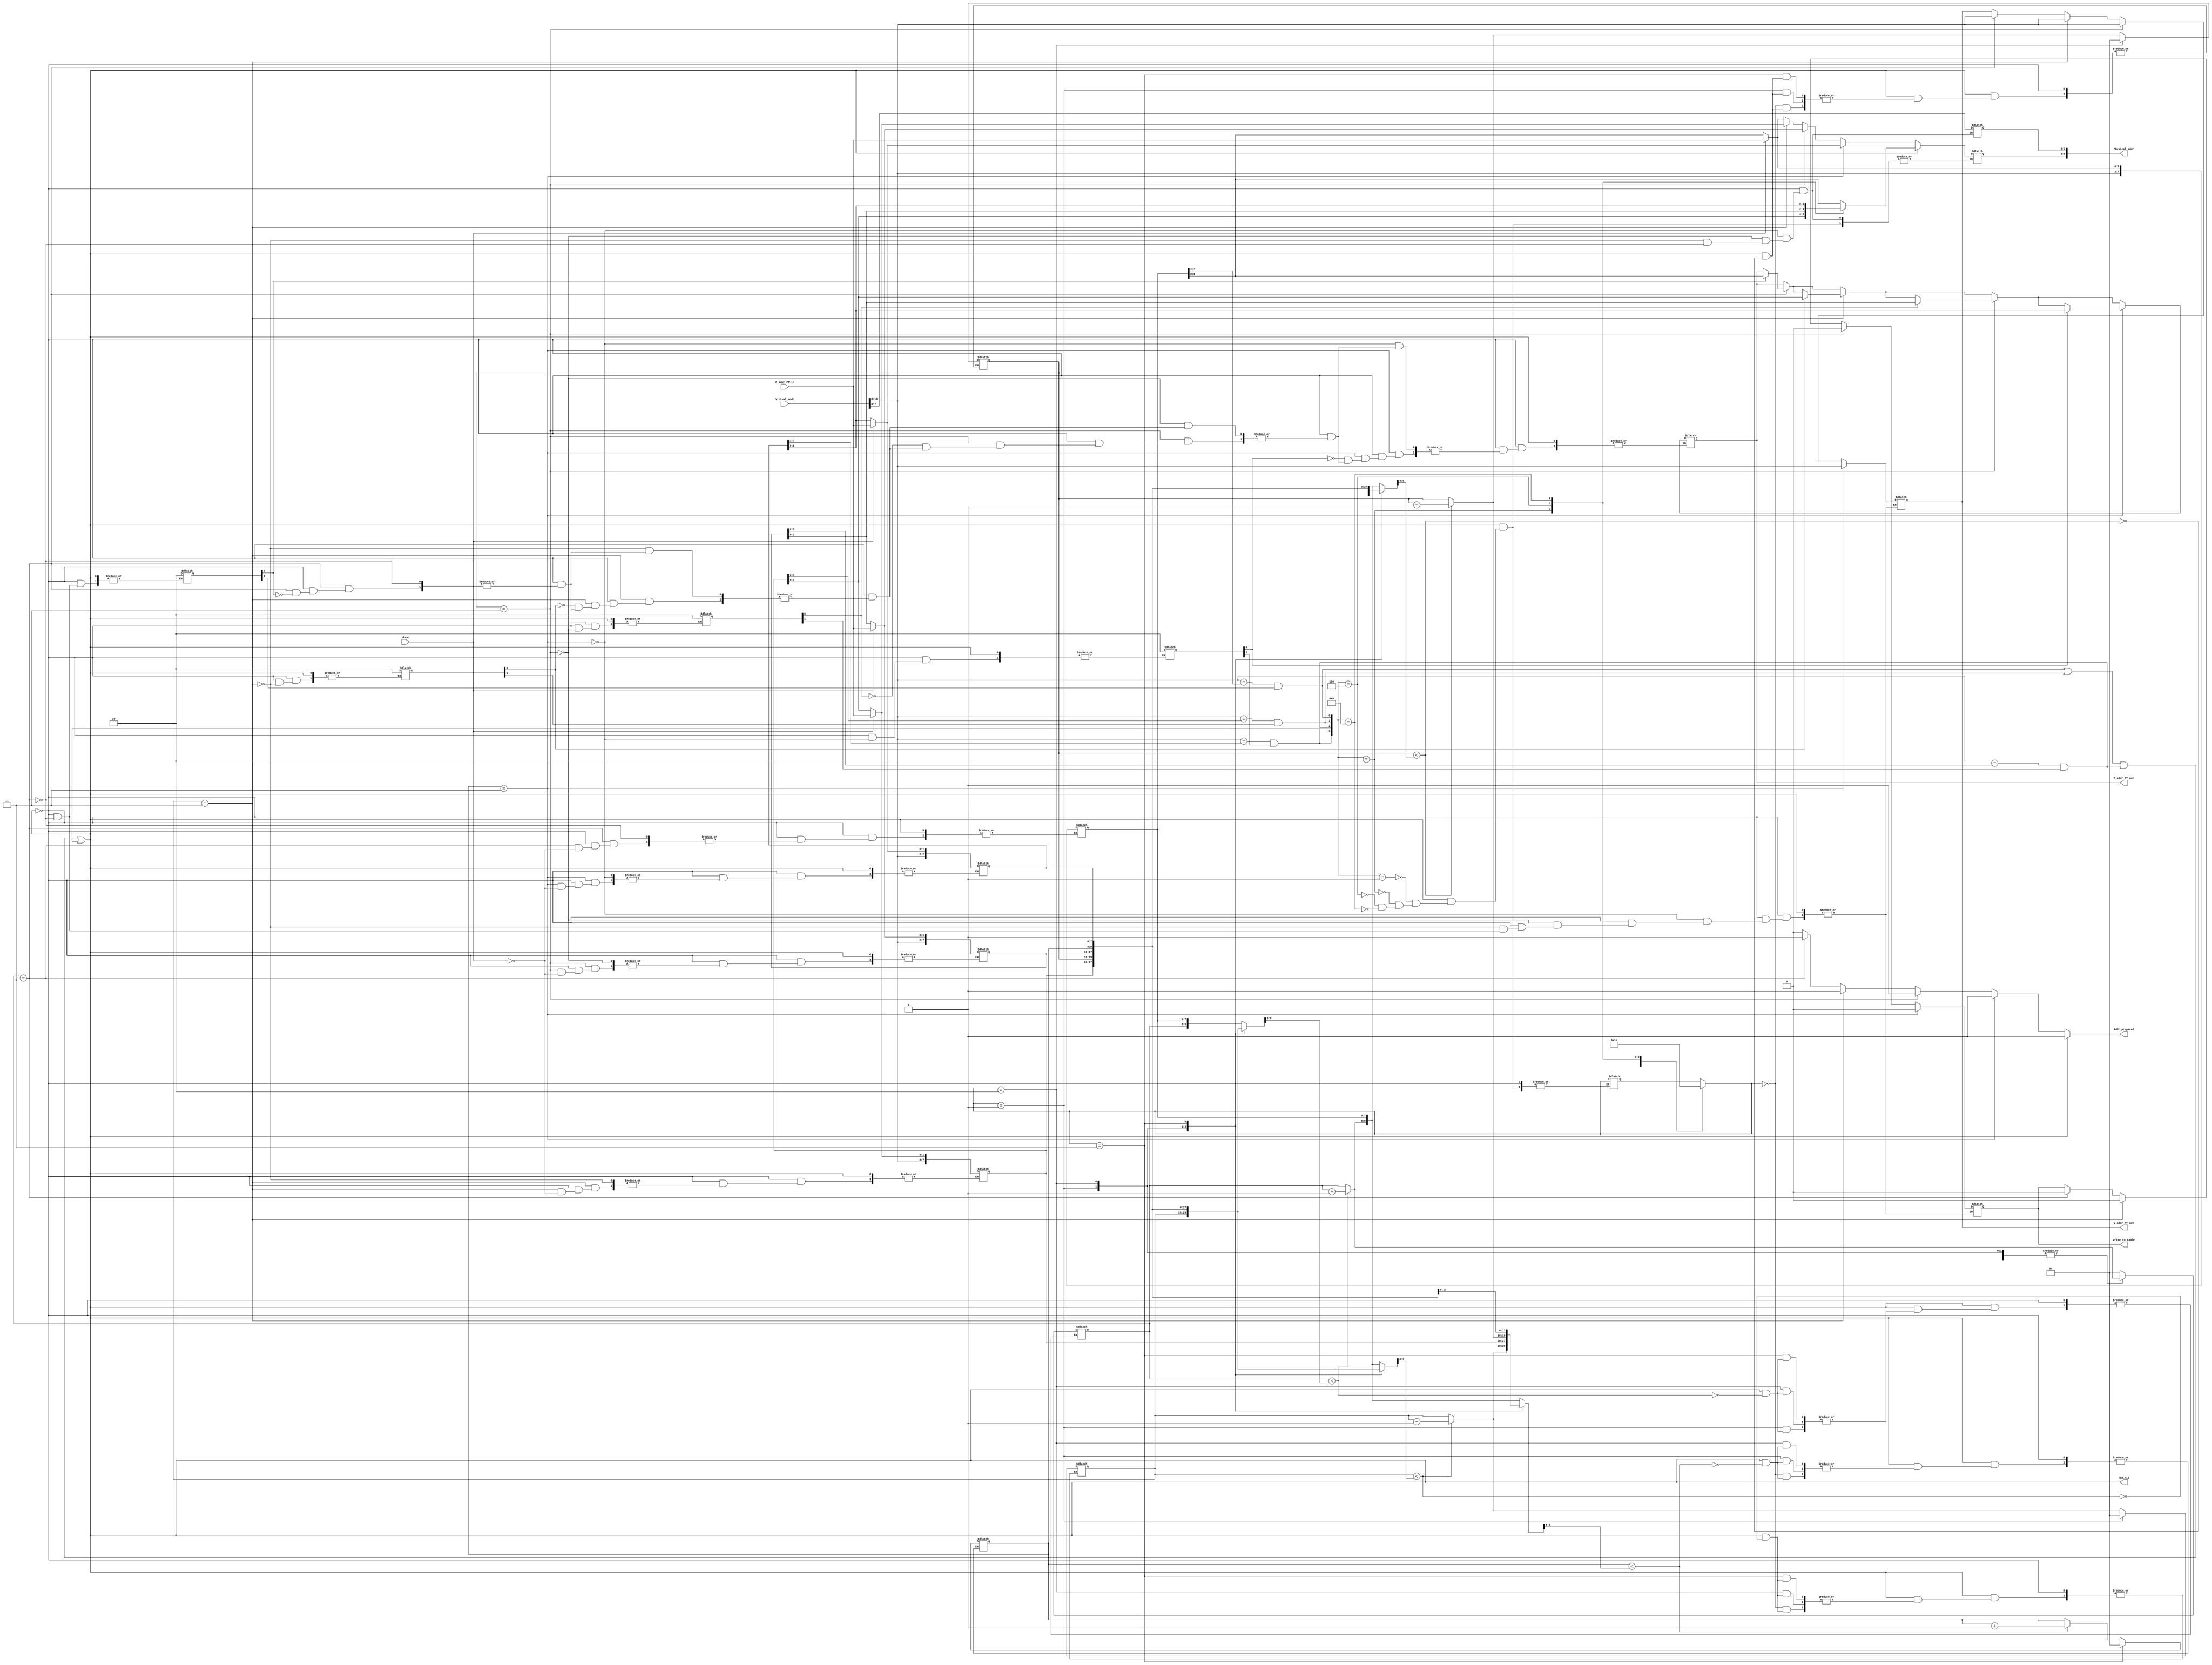
module translation_look_aside_buffer
// (
//     parameter   V_addr_width = 14,
//     parameter   P_addr_width = 10,
//     parameter   Page_offset  = 8,
//     parameter   TLB_row_num  = 4,
//     ////////////////////////////////////////////////////// You don't need to modify the following.~
//     parameter   VPN_size = V_addr_width - Page_offset,  // 6
//     parameter   PPN_size = P_addr_width - Page_offset,  // 2
//     parameter   V = VPN_size, P = PPN_size, VA = V_addr_width, PA = P_addr_width
// )
(
    input                           done,               // From PageTable, 1'b1 for done, 1'b0 for unfinished
    input       [13:0]      Virtual_addr,               // From Processor
    input       [1:0]       P_addr_PT_in,               // From PageTable

    output                       TLB_hit,               // To Processor, 1'b1 for hit, 1'b0 for miss 
    output reg            write_to_table,               // To PageTable, 1'b1 for write, 1'b0 for read
    output reg  [5:0]      V_addr_PT_out,               // To PageTable
    output reg  [1:0]      P_addr_PT_out,               // To PageTable
    output reg  [9:0]      Physical_addr,               // To Cache Mem
    output reg             Addr_prepared                // To Cache Mem
);
    reg         [11:0]      TLB     [3:0];              // 1bit_Valid = TLB[11], 1bit_Dirty = TLB[10], 2bit_Ref = TLB[9:8];
                                                        // Tag = TLB[7:2]; Physical Page Num = TLB[1:0];
    ////////////////////////////////////////////////////// 4X4-Byte TLB
    
    wire        [3:0]       Hit;                        // whether [Tag == VPN] && Valid in this rowS
    wire        [5:0]       VPN;                        // Data of Virtual Page Number, in Processor
    ////////////////////////////////////////////////////// Initialization
    reg [1:0] stop_loop = 0; //for debug
    integer i, j, k;
    initial begin
        V_addr_PT_out <= 0; P_addr_PT_out <= 0; 
        Physical_addr <= 0; Addr_prepared <= 0;
        write_to_table <= 0;
        for (i = 0; i <= 3; i = i + 1) begin///
            TLB[i] = 0;
            TLB[i][9:8] =3-i;
            // $display("TLB[%d] = %b", i, TLB[i]);
        end
    end
    
    assign VPN = Virtual_addr[13: 8];
    assign Hit[0] = (VPN == TLB[0][7:2]) && TLB[0][11];
    assign Hit[1] = (VPN == TLB[1][7:2]) && TLB[1][11];
    assign Hit[2] = (VPN == TLB[2][7:2]) && TLB[2][11];
    assign Hit[3] = (VPN == TLB[3][7:2]) && TLB[3][11];

    ////////////////////////////////////////////////////// To PageTable
    or (TLB_hit, Hit[0], Hit[1], Hit[2], Hit[3]);
    
    always @(*) begin
        // $display("virtual_addr = %b", Virtual_addr);
        if (!TLB_hit) begin 
            // $display("TLB miss!");
            Addr_prepared = 1'b0;
            for (i = 0; i <= 3; i = i + 1) begin // LRU_sel
                if (TLB[i][9:8] == 2'b11) begin
                    // Write physical_addr from TLB to Page Table if dirty
                    if (TLB[i][10]) begin // If the certain block is dirty
                        V_addr_PT_out = TLB[i][7:2];
                        P_addr_PT_out = TLB[i][1:0];
                        write_to_table = 1'b1;
                    end 
                    // Read physical_addr from Page Table to TLB anyway
                    write_to_table = 1'b0;
                    V_addr_PT_out <= Virtual_addr[13: 8]; //VPN
                    // $display("pass VPN to page_table now!");
                    # 1
                    if (done) begin
                        TLB[i][1:0] = P_addr_PT_in;
                        TLB[i][7:2] = Virtual_addr[13: 8]; // Reset P_addr in TLB[i]
                        // $display("after read from page_table, TLB[%d] = %b", i, TLB[i]);
                    end
                    TLB[i][10] = 1'b0; // Mark as NOT dirty
                    TLB[i][11] = 1'b1; // Set Valid to True 
//                    for (j = 0; j < TLB_row_num; j = j + 1) begin // LRU_sel
//                        TLB[j][9:8] = TLB[j][9:8] + 2'b01;
//                    end
//                    TLB[i][9:8] = 2'b00; // Reset 2-bit LRU 
                    stop_loop =i[1:0]; //for debug

                    Physical_addr[9:0] <= {TLB[i][1:0],Virtual_addr[7:0]};
                    // Physical_addr[9:8] <= TLB[i][1:0];
                    // // $display("after read from page_table -- physical_addr = %b", Physical_addr);
                    Addr_prepared = 1'b1;
                end
            end
        end
        ////////////////////////////////////////////////////// To Cache Mem
        else begin
            Physical_addr[7:0] = Virtual_addr[7:0]; // offset
            // $display("whether hit %b", Hit);
            case (Hit)
                4'b0001:  begin Physical_addr[9:8] = TLB[0][1:0];
                    k = 0;
                end
                4'b0010:  begin Physical_addr[9:8] = TLB[1][1:0];
                    k = 1;
                end
                4'b0100:  begin Physical_addr[9:8] = TLB[2][1:0];
                    k = 2;
                end
                4'b1000:  begin Physical_addr[9:8] = TLB[3][1:0];
                    k = 3;
                end
                default:  Physical_addr[9:8] = Physical_addr[9:8];
            endcase
            // $display("after hit -- physical_addr = %b", Physical_addr);
            Addr_prepared = 1'b1;
            for (j = 0; j < 4; j = j + 1) begin
                if (TLB[j][9:8] < TLB[k][9:8]) begin
                    TLB[j][9:8] = TLB[j][9:8] + 2'b01;
                end
            end
            TLB[k][9:8] = 2'b00;
        end
    end

endmodule